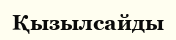
Қызылсайды